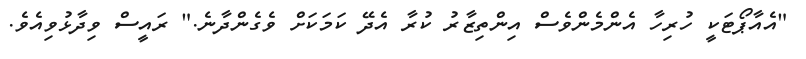
"އެއާޕޯޓަކީ ހުރިހާ އެންމެންވެސް އިންތިޒާރު ކުރާ އެދޭ ކަމަކަށް ވެގެންދާނެ." ރައީސް ވިދާޅުވިއެވެ.